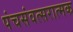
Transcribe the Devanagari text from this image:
पंचसंवत्सरात्मक